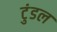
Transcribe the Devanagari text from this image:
टुंडल